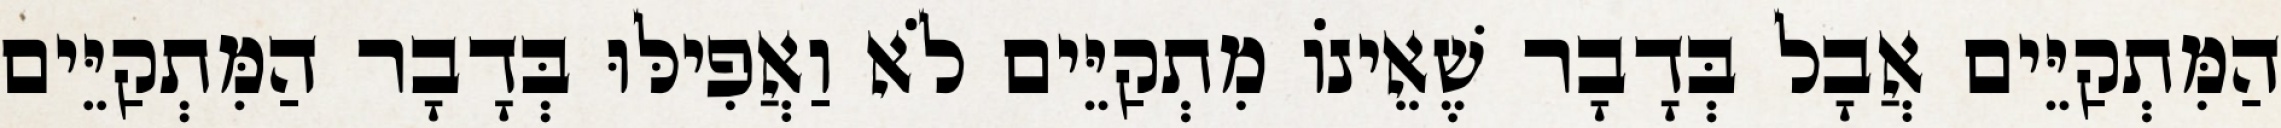
הַמִּתְקַיֵּים אֲבָל בְּדָבָר שֶׁאֵינוֹ מִתְקַיֵּים לֹא וַאֲפִילּוּ בְּדָבָר הַמִּתְקַיֵּים